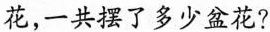
花，一共摆了多少盆花?